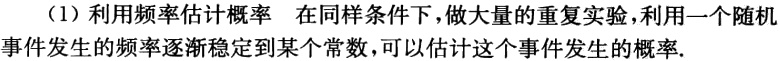
（1）利用频率估计概率 在同样条件下，做大量的重复实验，利用一个随机事件发生的频率逐渐稳定到某个常数，可以估计这个事件发生的概率.